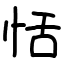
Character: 恬